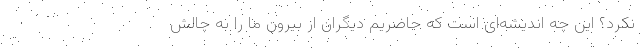
نکرد؟ این چه اندیشه‌ای است که حاضریم دیگران از بیرون ما را به چالش